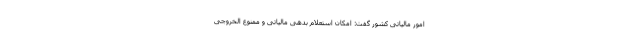
امور مالیاتی کشور گفت: امکان استعلام بدهی مالیاتی و ممنوع الخروجی